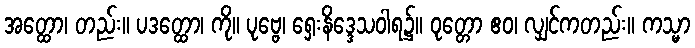
အတ္ထော၊ တည်း။ ပဒတ္ထော၊ ကို။ ပုဗ္ဗေ၊ ရှေးနိဒ္ဒေသဝါရ၌။ ဝုတ္တော ဧဝ၊ လျှင်ကတည်း။ ကသ္မာ